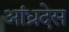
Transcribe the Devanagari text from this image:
आंध्रदेस